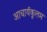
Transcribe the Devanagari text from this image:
आचार्यकूलम